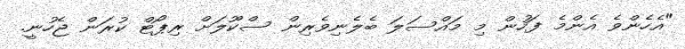
"އެހެންވެ އެންމެ ފަހުން މި މައްސަލަ ބެލެނިވެރިން ސްކޫލަށް ރިޕޯޓް ކުރަން ޖެހުނީ.